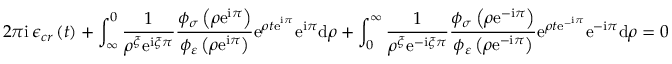
2 \pi \mathrm { i \, } \mathcal { \epsilon } _ { c r } \left( t \right) + \int _ { \infty } ^ { 0 } \frac { 1 } { \rho ^ { \xi } \mathrm { e } ^ { \mathrm { i } \xi \pi } } \frac { \phi _ { \sigma } \left( \rho \mathrm { e } ^ { \mathrm { i } \pi } \right) } { \phi _ { \varepsilon } \left( \rho \mathrm { e } ^ { \mathrm { i } \pi } \right) } \mathrm { e } ^ { \rho t \mathrm { e } ^ { ^ { \mathrm { i } \pi } } } \mathrm { e } ^ { \mathrm { i } \pi } \mathrm { d } \rho + \int _ { 0 } ^ { \infty } \frac { 1 } { \rho ^ { \xi } \mathrm { e } ^ { - \mathrm { i } \xi \pi } } \frac { \phi _ { \sigma } \left( \rho \mathrm { e } ^ { - \mathrm { i } \pi } \right) } { \phi _ { \varepsilon } \left( \rho \mathrm { e } ^ { - \mathrm { i } \pi } \right) } \mathrm { e } ^ { \rho t \mathrm { e } ^ { - ^ { \mathrm { i } \pi } } } \mathrm { e } ^ { - \mathrm { i } \pi } \mathrm { d } \rho = 0